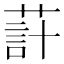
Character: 𦵗